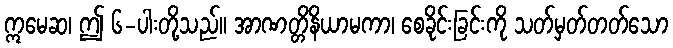
ဣမေဆ၊ ဤ ၆-ပါးတို့သည်။ အာဏတ္တိနိယာမကာ၊ စေခိုင်းခြင်းကို သတ်မှတ်တတ်သော